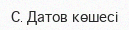
С. Датов көшесі